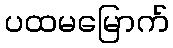
ပထမမြောက်